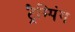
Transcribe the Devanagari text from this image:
ट्रैम्पिंग